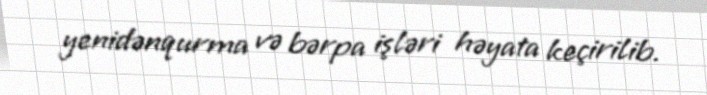
yenidənqurma və bərpa işləri həyata keçirilib.